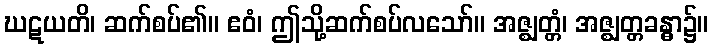
ဃဋယတိ၊ ဆက်စပ်၏။ ဧဝံ၊ ဤသို့ဆက်စပ်လသော်။ အဇ္ဈတ္တံ၊ အဇ္ဈတ္တခန္ဓာ၌။